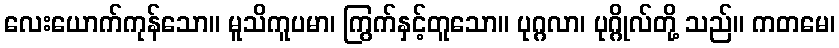
လေးယောက်ကုန်သော။ မူသိကူပမာ၊ ကြွက်နှင့်တူသော။ ပုဂ္ဂလာ၊ ပုဂ္ဂိုလ်တို့ သည်။ ကတမေ၊